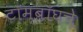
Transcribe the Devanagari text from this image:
टॉमबॉघचे